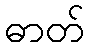
ဓာတ်